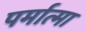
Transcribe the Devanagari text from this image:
पर्मात्मा